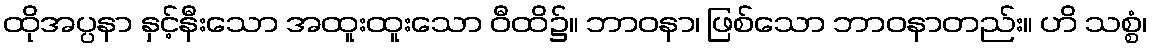
ထိုအပ္ပနာ နှင့်နီးသော အထူးထူးသော ဝီထိ၌။ ဘာဝနာ၊ ဖြစ်သော ဘာဝနာတည်း။ ဟိ သစ္စံ၊